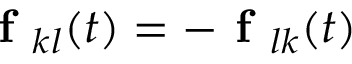
\textbf { f } _ { k l } ( t ) = - \textbf { f } _ { l k } ( t )